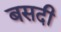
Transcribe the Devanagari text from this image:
बसदी